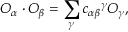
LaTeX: { \cal O } _ { \alpha } \cdot { \cal O } _ { \beta } = \sum _ { \gamma } { c _ { \alpha \beta } } ^ { \gamma } { \cal O } _ { \gamma } ,